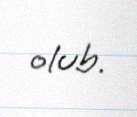
olub.